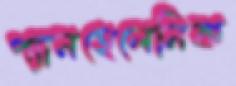
প্যানহেলেনিক